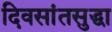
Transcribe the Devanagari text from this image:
दिवसांतसुद्धा